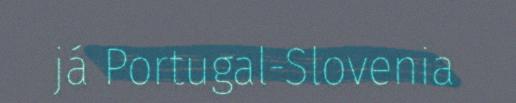
já Portugal-Slovenia